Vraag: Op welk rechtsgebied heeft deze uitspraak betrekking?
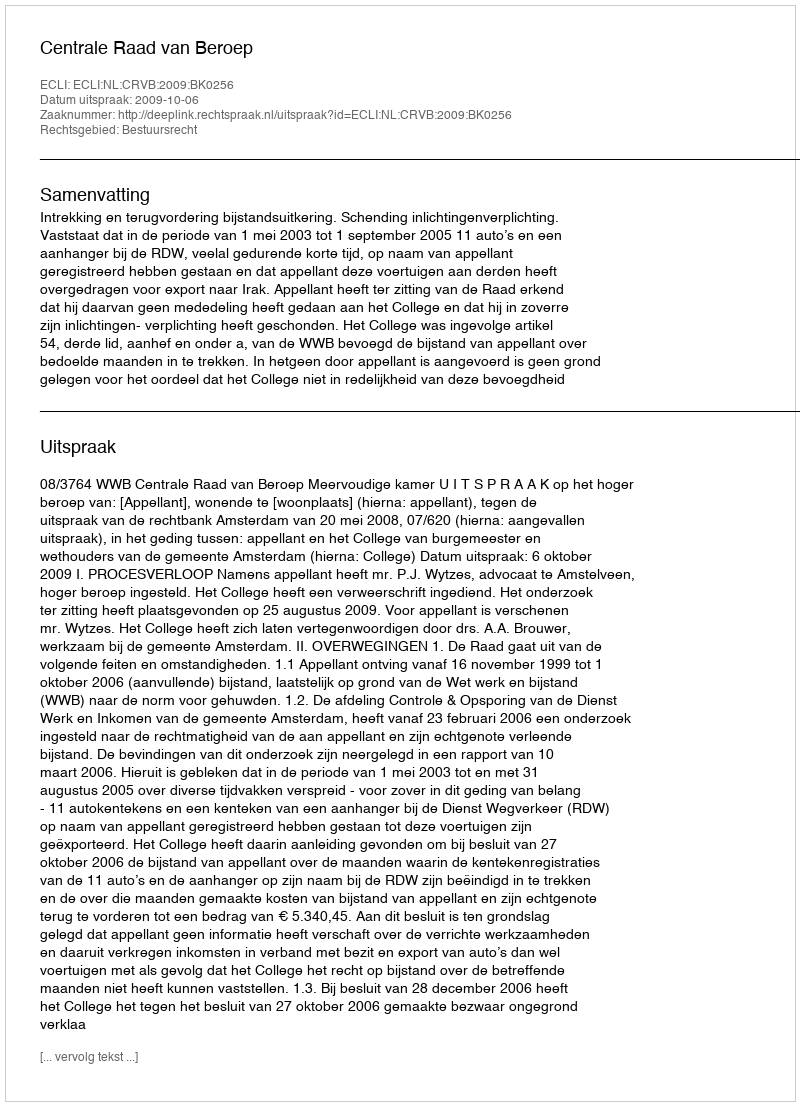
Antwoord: Bestuursrecht